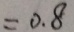
= 0 . 8